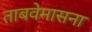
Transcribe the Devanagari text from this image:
ताबवेमासना